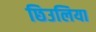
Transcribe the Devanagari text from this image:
छिउलिया